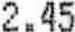
2.45